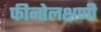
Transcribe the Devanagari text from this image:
फीनोलक्षणी